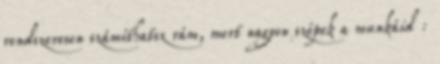
rendszeresen számíthatsz rám, mert nagyon szépek a munkáid :